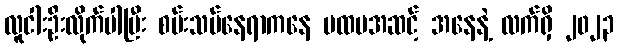
လူငါးဦးလိုက်ပါပြီး စမ်းသပ်နေရာကနေ ပထမအဆင့် အနေနဲ့ လက်ရှိ ၂၀၂၃